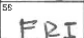
Transcription: FRI